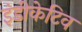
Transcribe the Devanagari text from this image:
इंडीकेटिव